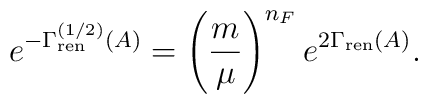
e^{-\Gamma^{(1/2)}_{\rm ren}(A)} = \left({m \over \mu}\right)^{n_F} e^{2\Gamma_{\rm ren}(A)}.